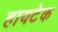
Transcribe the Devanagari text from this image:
हायटेक